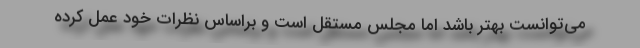
می‌توانست بهتر باشد اما مجلس مستقل است و براساس نظرات خود عمل کرده